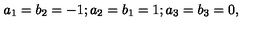
a _ { 1 } = b _ { 2 } = - 1 ; a _ { 2 } = b _ { 1 } = 1 ; a _ { 3 } = b _ { 3 } = 0 ,